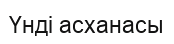
Үнді асханасы